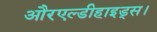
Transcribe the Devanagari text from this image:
औरएल्डीहाइड्स।